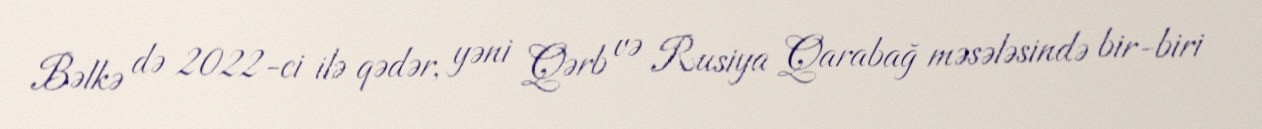
Bəlkə də 2022-ci ilə qədər, yəni Qərb və Rusiya Qarabağ məsələsində bir-biri